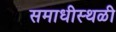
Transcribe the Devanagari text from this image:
समाधीस्थळी